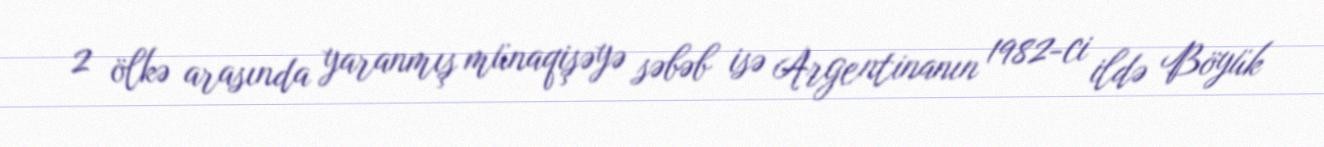
2 ölkə arasında yaranmış münaqişəyə səbəb isə Argentinanın 1982-ci ildə Böyük